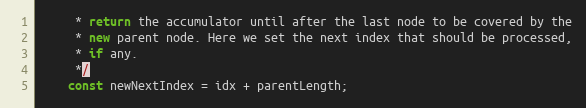
Language: JavaScript
     * return the accumulator until after the last node to be covered by the
     * new parent node. Here we set the next index that should be processed,
     * if any.
     */
    const newNextIndex = idx + parentLength;